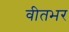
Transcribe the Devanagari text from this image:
वीतभर